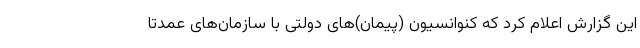
این گزارش اعلام کرد که کنوانسیون (پیمان)‌های دولتی با سازمان‌های عمدتا